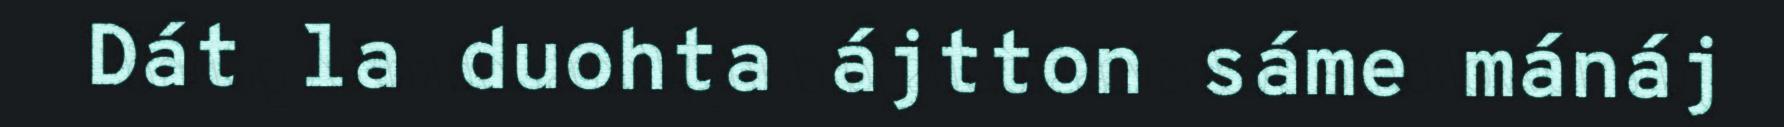
Dát la duohta ájtton sáme mánáj